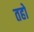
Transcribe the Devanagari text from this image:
तहो